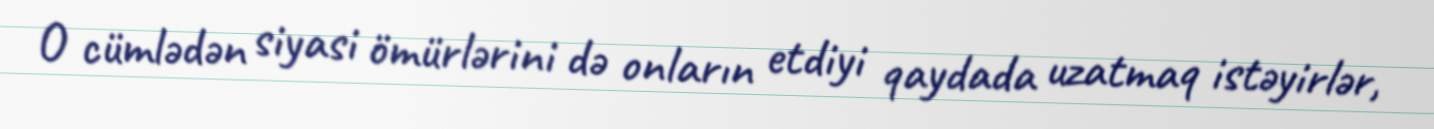
O cümlədən siyasi ömürlərini də onların etdiyi qaydada uzatmaq istəyirlər,